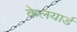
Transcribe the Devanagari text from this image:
केलयार्ड